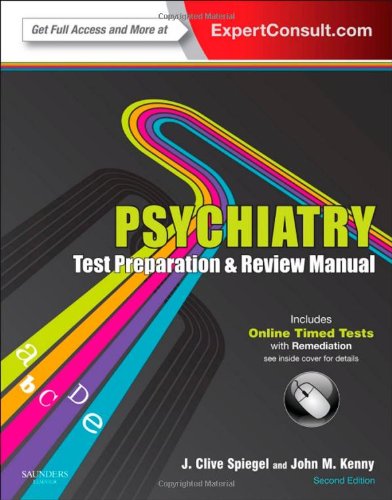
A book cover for Psychiatry Test Preparation and Review Manual: Expert Consult - Online and Print, 2e; J Clive Spiegel MD; Medical Books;